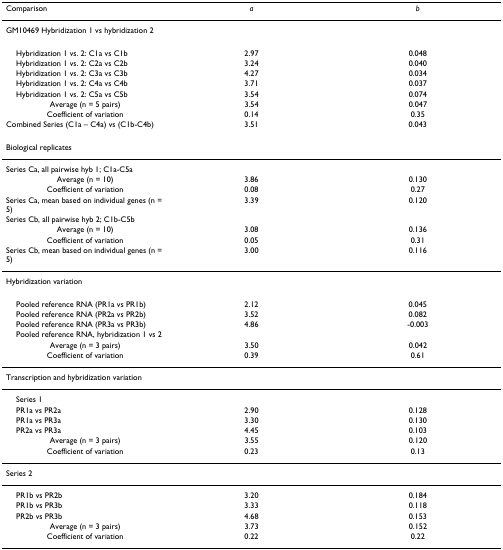
<table><thead><tr><td><b>Comparison</b></td><td><b><i>a</i></b></td><td><b><i>b</i></b></td></tr></thead><tbody><tr><td>GM10469 Hybridization 1 vs hybridization 2</td><td></td><td></td></tr><tr><td> Hybridization 1 vs. 2: C1a vs C1b</td><td>2.97</td><td>0.048</td></tr><tr><td> Hybridization 1 vs. 2: C2a vs C2b</td><td>3.24</td><td>0.040</td></tr><tr><td> Hybridization 1 vs. 2: C3a vs C3b</td><td>4.27</td><td>0.034</td></tr><tr><td> Hybridization 1 vs. 2: C4a vs C4b</td><td>3.71</td><td>0.037</td></tr><tr><td> Hybridization 1 vs. 2: C5a vs C5b</td><td>3.54</td><td>0.074</td></tr><tr><td>Average (n = 5 pairs)</td><td>3.54</td><td>0.047</td></tr><tr><td>Coefficient of variation</td><td>0.14</td><td>0.35</td></tr><tr><td>Combined Series (C1a – C4a) vs (C1b-C4b)</td><td>3.51</td><td>0.043</td></tr><tr><td>Biological replicates</td><td></td><td></td></tr><tr><td>Series Ca, all pairwise hyb 1; C1a-C5a</td><td></td><td></td></tr><tr><td>Average (n = 10)</td><td>3.86</td><td>0.130</td></tr><tr><td>Coefficient of variation</td><td>0.08</td><td>0.27</td></tr><tr><td>Series Ca, mean based on individual genes (n = 5)</td><td>3.39</td><td>0.120</td></tr><tr><td>Series Cb, all pairwise hyb 2; C1b-C5b</td><td></td><td></td></tr><tr><td>Average (n = 10)</td><td>3.08</td><td>0.136</td></tr><tr><td>Coefficient of variation</td><td>0.05</td><td>0.31</td></tr><tr><td>Series Cb, mean based on individual genes (n = 5)</td><td>3.00</td><td>0.116</td></tr><tr><td>Hybridization variation</td><td></td><td></td></tr><tr><td> Pooled reference RNA (PR1a vs PR1b)</td><td>2.12</td><td>0.045</td></tr><tr><td> Pooled reference RNA (PR2a vs PR2b)</td><td>3.52</td><td>0.082</td></tr><tr><td> Pooled reference RNA (PR3a vs PR3b)</td><td>4.86</td><td>-0.003</td></tr><tr><td> Pooled reference RNA, hybridization 1 vs 2</td><td></td><td></td></tr><tr><td>Average (n = 3 pairs)</td><td>3.50</td><td>0.042</td></tr><tr><td>Coefficient of variation</td><td>0.39</td><td>0.61</td></tr><tr><td>Transcription and hybridization variation</td><td></td><td></td></tr><tr><td> Series 1</td><td></td><td></td></tr><tr><td> PR1a vs PR2a</td><td>2.90</td><td>0.128</td></tr><tr><td> PR1a vs PR3a</td><td>3.30</td><td>0.130</td></tr><tr><td> PR2a vs PR3a</td><td>4.45</td><td>0.103</td></tr><tr><td>Average (n = 3 pairs)</td><td>3.55</td><td>0.120</td></tr><tr><td>Coefficient of variation</td><td>0.23</td><td>0.13</td></tr><tr><td>Series 2</td><td></td><td></td></tr><tr><td> PR1b vs PR2b</td><td>3.20</td><td>0.184</td></tr><tr><td> PR1b vs PR3b</td><td>3.33</td><td>0.118</td></tr><tr><td> PR2b vs PR3b</td><td>4.68</td><td>0.153</td></tr><tr><td>Average (n = 3 pairs)</td><td>3.73</td><td>0.152</td></tr><tr><td>Coefficient of variation</td><td>0.22</td><td>0.22</td></tr></tbody></table>